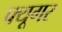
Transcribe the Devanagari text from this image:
फ्यूगर